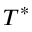
T ^ { * }